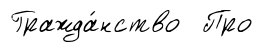
Гражда́нство Про